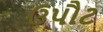
ઉપૌટ